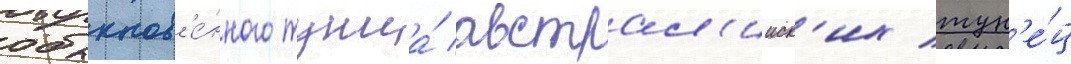
обыкнов'е́нного тунца́ австрал'ииск'их тун'е́ц